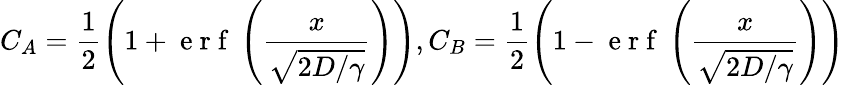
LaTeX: C_{A}=\frac{1}{2}\left(1+\mathrm{~e~r~f~}\left(\frac{x}{\sqrt{2D/\gamma}}\right)\right),C_{B}=\frac{1}{2}\left(1-\mathrm{~e~r~f~}\left(\frac{x}{\sqrt{2D/\gamma}}\right)\right)